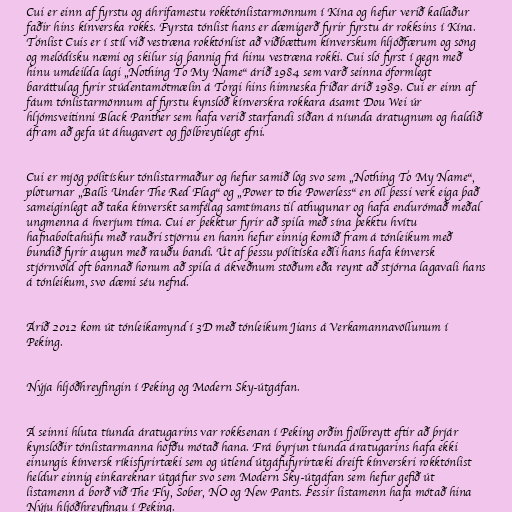
Cui er einn af fyrstu og áhrifamestu rokktónlistarmönnum í Kína og hefur verið kallaður
faðir hins kínverska rokks. Fyrsta tónlist hans er dæmigerð fyrir fyrstu ár rokksins í Kína.
Tónlist Cuis er í stíl við vestræna rokktónlist að viðbættum kínverskum hljóðfærum og söng
og melódísku næmi og skilur sig þannig frá hinu vestræna rokki. Cui sló fyrst í gegn með
hinu umdeilda lagi „Nothing To My Name“ árið 1984 sem varð seinna óformlegt
baráttulag fyrir stúdentamótmælin á Torgi hins himneska friðar árið 1989. Cui er einn af
fáum tónlistarmönnum af fyrstu kynslóð kínverskra rokkara ásamt Dou Wei úr
hljómsveitinni Black Panther sem hafa verið starfandi síðan á níunda áratugnum og haldið
áfram að gefa út áhugavert og fjölbreytilegt efni.

Cui er mjög pólitískur tónlistarmaður og hefur samið lög svo sem „Nothing To My Name“,
plöturnar „Balls Under The Red Flag“ og „Power to the Powerless“ en öll þessi verk eiga það
sameiginlegt að taka kínverskt samfélag samtímans til athugunar og hafa endurómað meðal
ungmenna á hverjum tíma. Cui er þekktur fyrir að spila með sína þekktu hvítu
hafnaboltahúfu með rauðri stjörnu en hann hefur einnig komið fram á tónleikum með
bundið fyrir augun með rauðu bandi. Út af þessu pólitíska eðli hans hafa kínversk
stjórnvöld oft bannað honum að spila á ákveðnum stöðum eða reynt að stjórna lagavali hans
á tónleikum, svo dæmi séu nefnd.

Árið 2012 kom út tónleikamynd í 3D með tónleikum Jians á Verkamannavöllunum í
Peking.

Nýja hljóðhreyfingin í Peking og Modern Sky-útgáfan.

Á seinni hluta tíunda áratugarins var rokksenan í Peking orðin fjölbreytt eftir að þrjár
kynslóðir tónlistarmanna höfðu mótað hana. Frá byrjun tíunda áratugarins hafa ekki
einungis kínversk ríkisfyrirtæki sem og útlend útgáfufyrirtæki dreift kínverskri rokktónlist
heldur einnig einkareknar útgáfur svo sem Modern Sky-útgáfan sem hefur gefið út
listamenn á borð við The Fly, Sober, NO og New Pants. Þessir listamenn hafa mótað hina
Nýju hljóðhreyfingu í Peking.